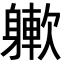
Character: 𨉻